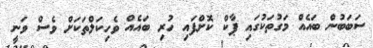
ސަބަބުން ބައެއް މަގުތަކުގައި ޕާކް ކޮށްފައި ހުރި ބައެއް ވެހިކަލްތަކަށް ވެސް ވަނީ